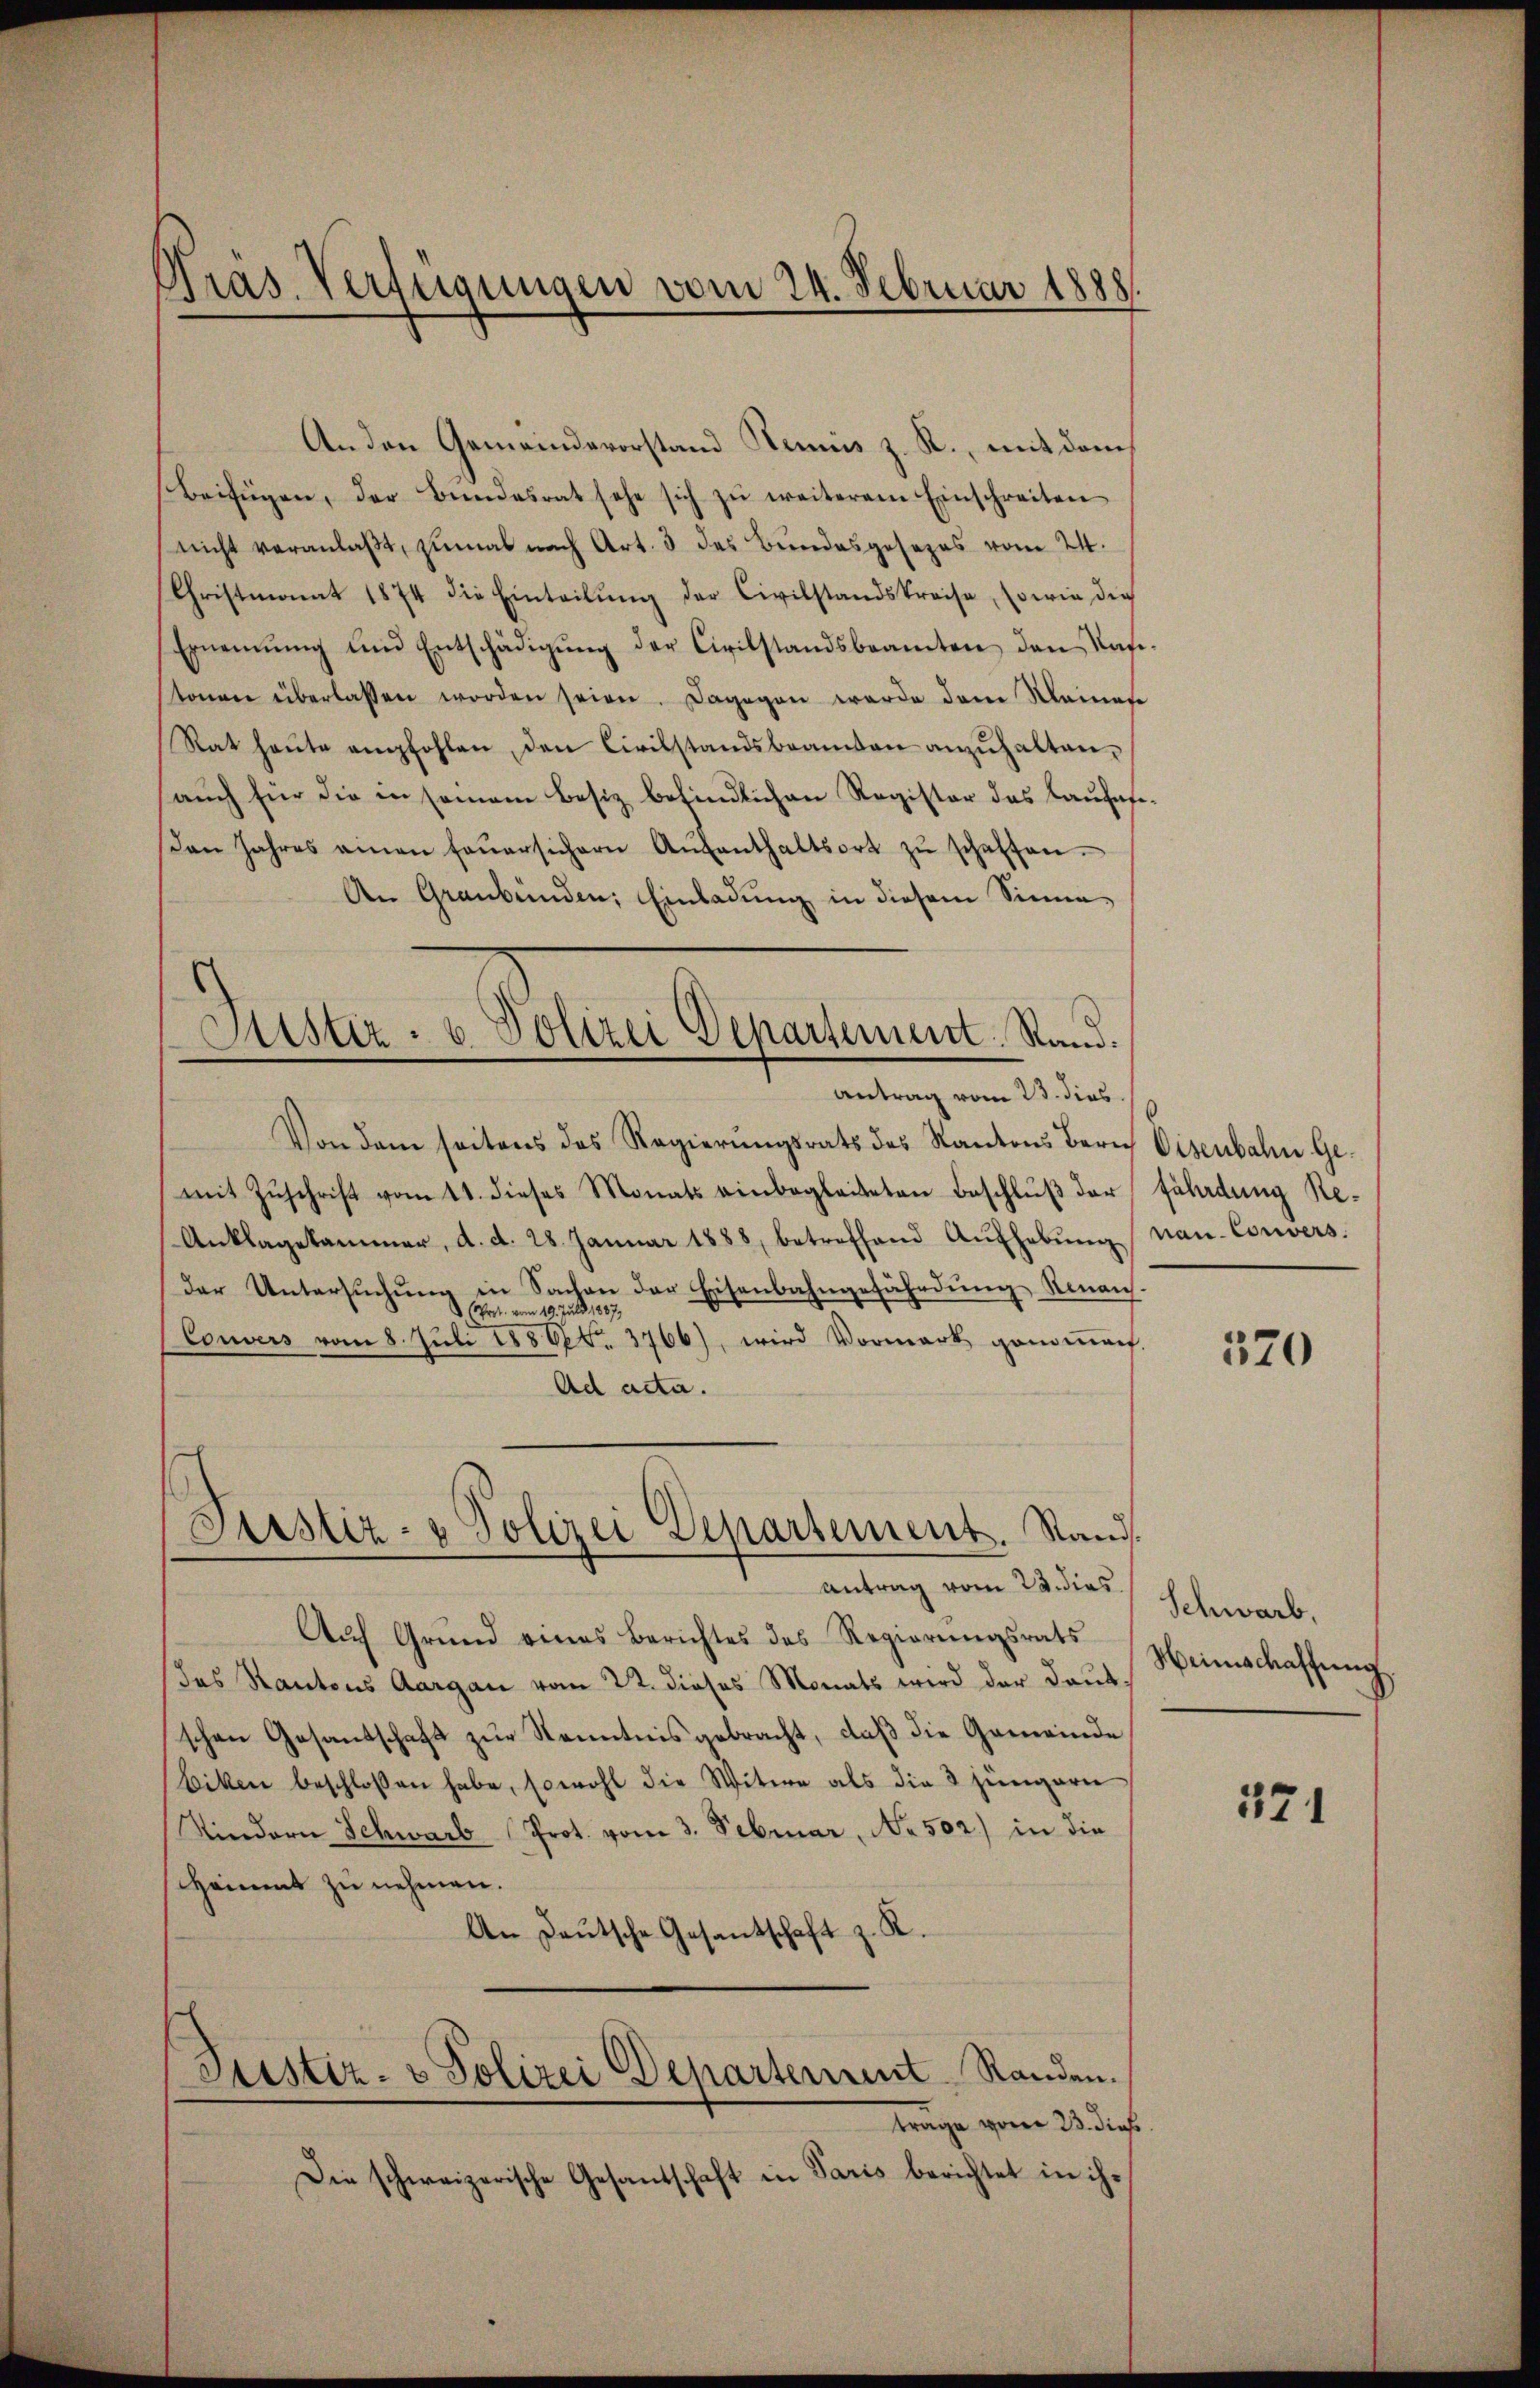
Gras. Verfügungen vom 24. Februar 1888.

An den Gemeindevorstand Stemnis z. R., mit dem
Beifügen, der Bŭndesrat sehe sich zŭ weiterem Einschreiten
nicht veranlaßt, zumal nach Art. 3 des Bundesgesezes vom 24.
Christmonat 1874 die Einteilŭng der Civilstandskreise, sowie die
Ernennung und Entschädigŭng der Civilstandsbeamten den Rat.
tonen überlassen worden seien. Dagegen werde dem Meinene
Rat heŭte empfohlen den Civilstandsbeamten anzuhalten,
aŭch für die in seinem Besiz befindlichen Register des Lausas¬
Den Jahres amen feŭersichern Aŭfenthaltsort zŭ schaften.
An Graubünden; Einladung in diesem Sinne
Von dem seitens des Regierŭngsrats des Kantons Bern Eisenbahn Gemit Zŭschrift vom 11. dieses Monats einbegleiteten Beschluß der
Anklagekammer, d. d. 28. Januar 1888, betreffend Aŭfhebŭng
der Untersuchung in Sachen der Eisenbahngefährdung Ninaus¬
 (Prot. vom 19. Juli 1887,
Couvers vom 8. Juli 18800. 3766), wird Vormark genomet
Ad acta.
Justiz- & Polizei Departement. Stand.
Antrag vom 23. dies
Auf Grund eines Berichtes des Regierŭngsrats
das Kantons Aargau vom 22. dieses Monats wird der Daut.
schen Gesandschaft zur Kenntnis gebracht, daß die Gemeinde
bitten beschlossen habe, sowohl die Witwe als die 3 jüngern
Kindern Schwarb (Prot. vom 3. Februar, No. 502) in die
schämt zu nehmen.
An Deutsche Gesandschaft z. R.
Justiz- & Polizei Departement Randen.
trage vom 23. dieß
Die schweizerische Gesandschaft in Paris berichtet in ihr

Fister - u. Polizei Departement. Rand.
Antrag vom 23. dies

fährdung Renau-Convers.

520

Schwarb,
Weinschaffung.

271